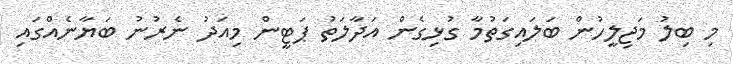
މި ބިލު މަޖިލީހުން ބަލައިގަތުމާ ގުޅިގެން އަދާލަތު ޕަޓީން މިއަދު ނެރުނު ބަޔާނެއްގައި